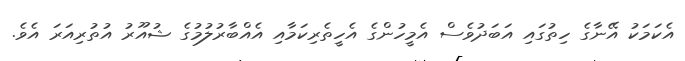
އެކަމަކު އޭނާގެ ހިތުގައި އަބަދުވެސް އެމީހުންގެ އެހީތެރިކަމާއި އެއްބާރުލުމުގެ ޝުއޫރު އުތުރިއަރަ އެވެ.